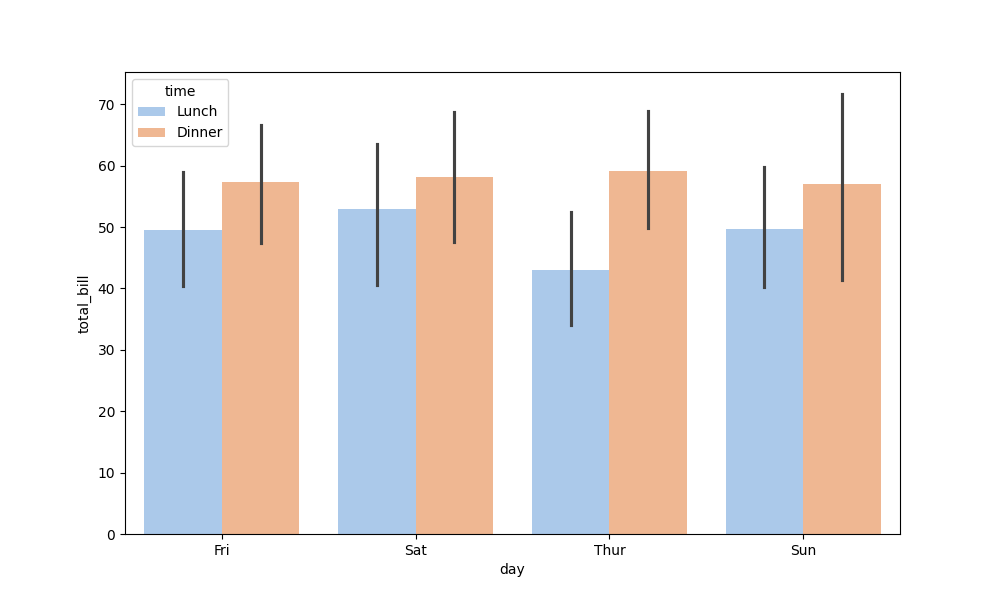
python, seaborn, barplot, hue='time', palette='pastel', ci=95, orient='v'